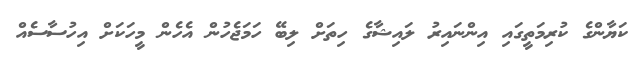
ކަޔާންގެ ކުރިމަތީގައި އިންނައިރު ލައިޝާގެ ހިތަށް ލިބޭ ހަމަޖެހުން އެހެން މީހަކަށް އިހުސާސެއް